Vaccination United Provinces of Agra and Oudh 1914-1922 - 1914-1922
Year: 1914
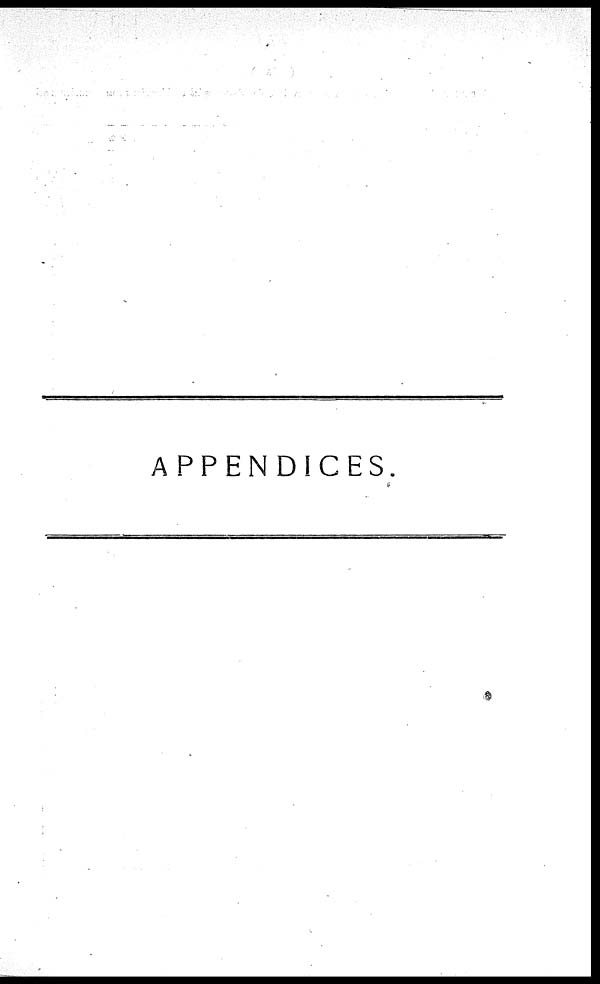
APPENDICES